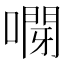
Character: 𠽫